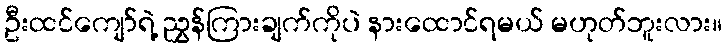
ဦးထင်ကျော်ရဲ့ ညွှန်ကြားချက်ကိုပဲ နားထောင်ရမယ် မဟုတ်ဘူးလား။